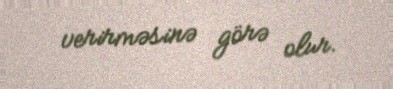
verirməsinə görə olur.